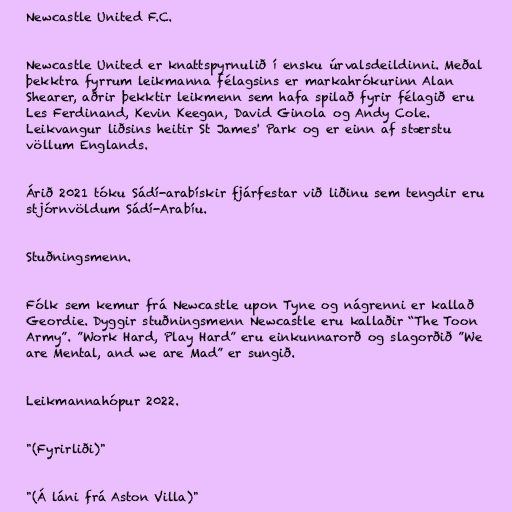
Newcastle United F.C.

Newcastle United er knattspyrnulið í ensku úrvalsdeildinni. Meðal
þekktra fyrrum leikmanna félagsins er markahrókurinn Alan
Shearer, aðrir þekktir leikmenn sem hafa spilað fyrir félagið eru
Les Ferdinand, Kevin Keegan, David Ginola og Andy Cole.
Leikvangur liðsins heitir St James' Park og er einn af stærstu
völlum Englands.

Árið 2021 tóku Sádí-arabískir fjárfestar við liðinu sem tengdir eru
stjórnvöldum Sádí-Arabíu.

Stuðningsmenn.

Fólk sem kemur frá Newcastle upon Tyne og nágrenni er kallað
Geordie. Dyggir stuðningsmenn Newcastle eru kallaðir “The Toon
Army”. ”Work Hard, Play Hard” eru einkunnarorð og slagorðið ”We
are Mental, and we are Mad” er sungið.

Leikmannahópur 2022.

"(Fyrirliði)"

"(Á láni frá Aston Villa)"